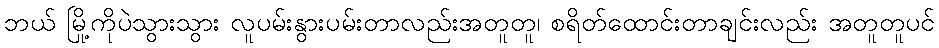
ဘယ် မြို့ကိုပဲသွားသွား လူပမ်းနွားပမ်းတာလည်းအတူတူ၊ စရိတ်ထောင်းတာချင်းလည်း အတူတူပင်